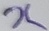
Text: X